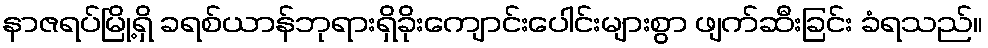
နာဇရပ်မြို့ရှိ ခရစ်ယာန်ဘုရားရှိခိုးကျောင်းပေါင်းများစွာ ဖျက်ဆီးခြင်း ခံရသည်။